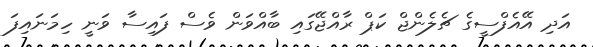
އަދި އޭއެފްސީގެ ޗެލެންޖް ކަޕް ރާއްޖޭގައި ބާއްވަން ވެސް ފައިސާ ވަނީ ހިމަނައިފަ